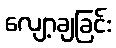
လျော့ချခြင်း